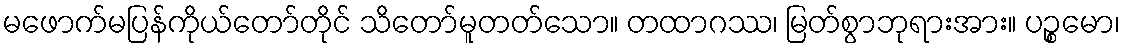
မဖောက်မပြန်ကိုယ်တော်တိုင် သိတော်မူတတ်သော။ တထာဂဿ၊ မြတ်စွာဘုရားအား။ ပဉ္စမော၊